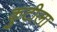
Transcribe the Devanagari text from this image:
कुटीला